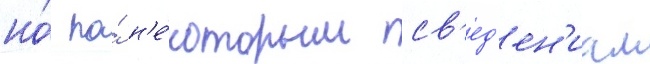
но́ по́ н'е́которым св'ед'ен'иам